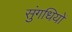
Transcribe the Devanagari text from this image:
सुंगधियों